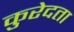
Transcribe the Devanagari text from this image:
कुरेदता